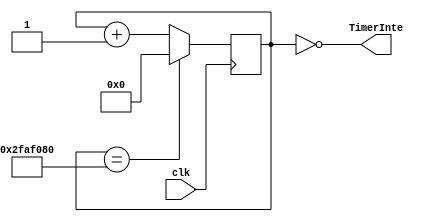
`timescale 1ns / 1ps
//////////////////////////////////////////////////////////////////////////////////
// Company: 
// Engineer: 
// 
// Design Name: 
// Module Name:    Timer 
// Project Name: 
// Target Devices: 
// Tool versions: 
// Description: 
//
// Dependencies: 
//
// Revision: 
// Revision 0.01 - File Created
// Additional Comments: 
//
//////////////////////////////////////////////////////////////////////////////////
module Timer(
input clk,
output TimerInte
    );
reg[31:0] count = 1;
assign TimerInte = (count == 0);

always@(posedge clk) begin
	if(count == 32'd50000000) begin
		count <= 0;
	end
	else begin
		count <= count+1;
	end
end


endmodule